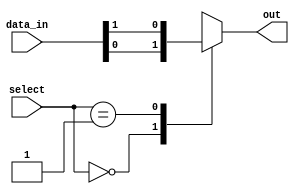
module mux_1024to1 (
    input [1023:0] data_in,
    input [9:0] select,
    output reg out
);

always @* begin
    case (select)
        10'b0000000000: out = data_in[0];
        10'b0000000001: out = data_in[1];
        // continue for all 1024 input ports
        // 10'b1111111111: out = data_in[1023];
        default: out = 1'bx; // Output undefined if select line is invalid
    endcase
end

endmodule